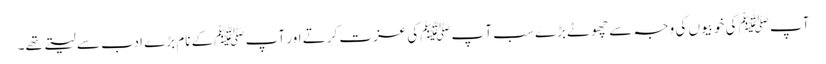
آپ ﷺکی خوبیوں کی وجہ سے چھوٹے بڑے سب آ پﷺکی عزت کرتے اور آپ ﷺکے نام بڑے ادب سے لیتے تھے۔